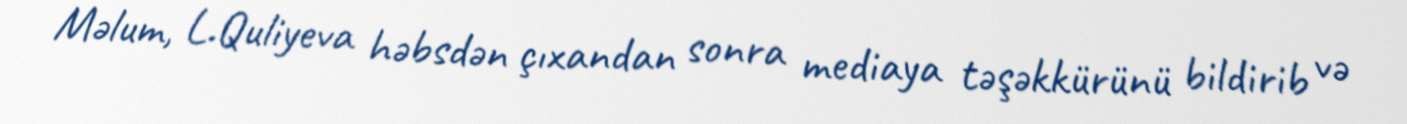
Məlum, L.Quliyeva həbsdən çıxandan sonra mediaya təşəkkürünü bildirib və